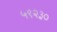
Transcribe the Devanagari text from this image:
५९२३०